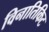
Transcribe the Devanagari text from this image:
विनातिकिट